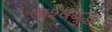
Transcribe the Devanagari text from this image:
अश्वबुद्ध